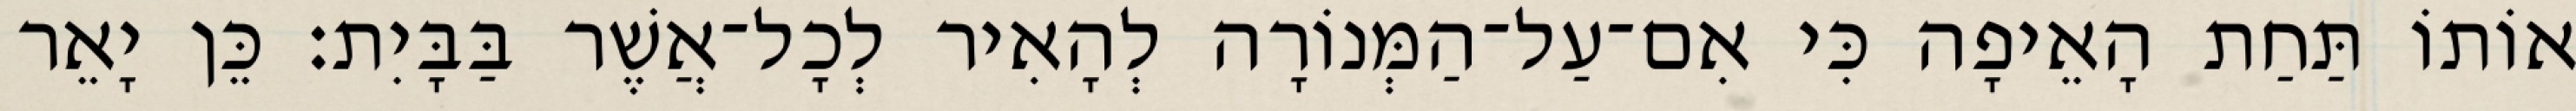
אוֹתוֹ תַּחַת הָאֵיפָה כִּי אִם־עַל־הַמְּנוֹרָה לְהָאִיר לְכָל־אֲשֶׁר בַּבָּיִת׃ כֵּן יָאֵר